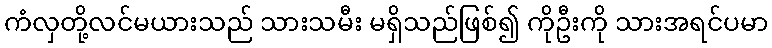
ကံလှတို့လင်မယားသည် သားသမီး မရှိသည်ဖြစ်၍ ကိုဦးကို သားအရင်ပမာ